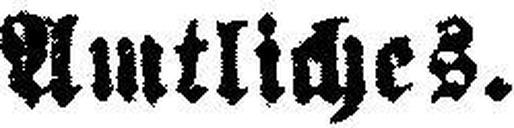
Amtliches.